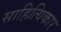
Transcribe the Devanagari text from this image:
साहित्यिकार